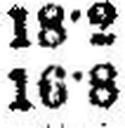
16•8